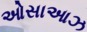
ઓસાઆઝ